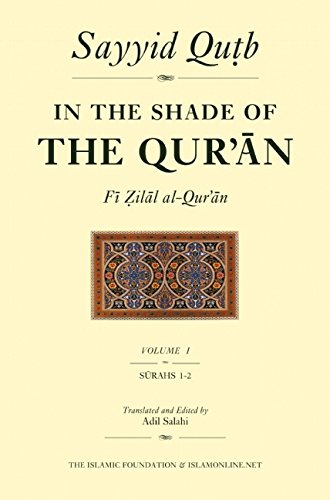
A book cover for In the Shade of the Qur'an Vol. 1 (Fi Zilal al-Qur'an): Surah 1 Al-Fatihah & Surah 2 Al-Baqarah; Sayyid Qutb; History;